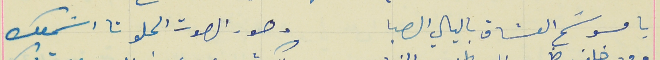
يا مسَوسَح العشاق باليالي الصبا                                  وهور الصوت الحلو تا اسَمعك